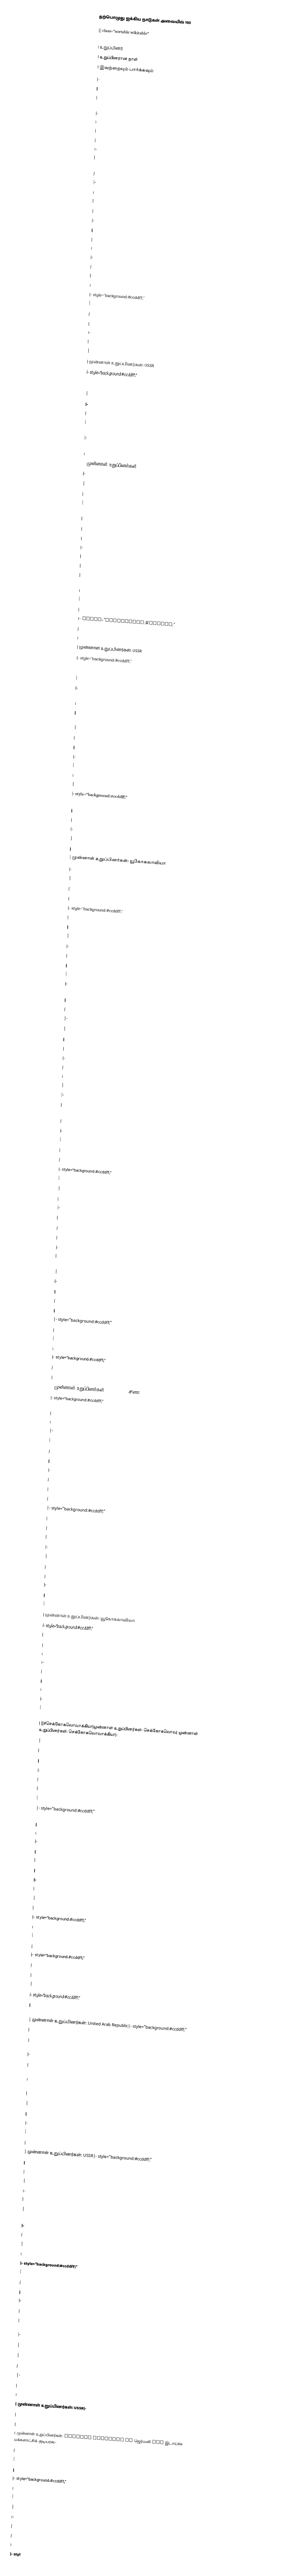
தற்பொழுது ஐக்கிய நாடுகள் அவையில் 193

{| class="sortable wikitable"
|-
! உறுப்பினர்
! உறுப்பினரான நாள்
! இவற்றையும் பார்க்கவும்
|-
|
|
|
|-
|
|
|
|-
|
|
|
|-
|
|
|
|-
|
|
|
|-
|
|
|
|- style="background:#ccddff;"
|
|
|
|-
|
|
| முன்னாள் உறுப்பினர்கள்: USSR
|- style="background:#ccddff;"
|
|
|
|-
|
|
|
|-
|
|
| முன்னாள் உறுப்பினர்கள்: USSR
|-
|
|
|
|-
|
|
|
|-
|
|
|
|-
|
|
|
|- style="background:#ccddff;"
|
|
| முன்னாள் உறுப்பினர்கள்: USSR
|- style="background:#ccddff;"
|
|
|
|-
|
|
|
|-
|
|
|
|-
|
|
|
|- style="background:#ccddff;"
|
|
|
|-
|
|
| முன்னாள் உறுப்பினர்கள்: யூகோசுலாவியா
|-
|
|
|
|- style="background:#ccddff;"
|
|
|
|-
|
|
|
|-
|
|
|
|-
|
|
|
|-
|
|
|
|-
|
|
|
|-
|
|
|
|- style="background:#ccddff;"
|
|
|
|-
|
|
|
|-
|
|
|
|-
|
|
|
|- style="background:#ccddff;"
|
|
|
|- style="background:#ccddff;"
|
|
| முன்னாள் உறுப்பினர்கள்: Republic of சீனா
|- style="background:#ccddff;"
|
|
|
|-
|
|
|
|-
|
|
|
|- style="background:#ccddff;"
|
|
|
|-
|
|
|
|-
|
|
| முன்னாள் உறுப்பினர்கள்: யூகோசுலாவியா
|- style="background:#ccddff;"
|
|
|
|-
|
|
|
|-
|
|
| [[#செக்கோசுலொவாக்கியா|முன்னாள் உறுப்பினர்கள்: செக்கோசுலொவ| முன்னாள் உறுப்பினர்கள்: செக்கோசுலொவாக்கியா|-
|
|
|
|-
|
|
|
|- style="background:#ccddff;"
|
|
|
|-
|
|
|
|-
|
|
|
|- style="background:#ccddff;"
|
|
|
|- style="background:#ccddff;"
|
|
|
|- style="background:#ccddff;"
|
|
| முன்னாள் உறுப்பினர்கள்: United Arab Republic|- style="background:#ccddff;"
|
|
|
|-
|
|
|
|-
|
|
|
|-
|
|
| முன்னாள் உறுப்பினர்கள்: USSR|- style="background:#ccddff;"
|
|
|
|-
|
|
|
|-
|
|
|
|- style="background:#ccddff;"
|
|
|
|-
|
|
|
|-
|
|
|
|-
|
|
| முன்னாள் உறுப்பினர்கள்: USSR|-
|
|
| முன்னாள் உறுப்பினர்கள்: Federal Republic of ஜெர்மனி and இடாய்ச்சு மக்களாட்சிக் குடியரசு|-
|
|
|
|- style="background:#ccddff;"
|
|
|
|-
|
|
|
|- styl